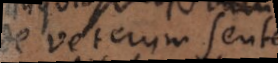
de veterum sententia